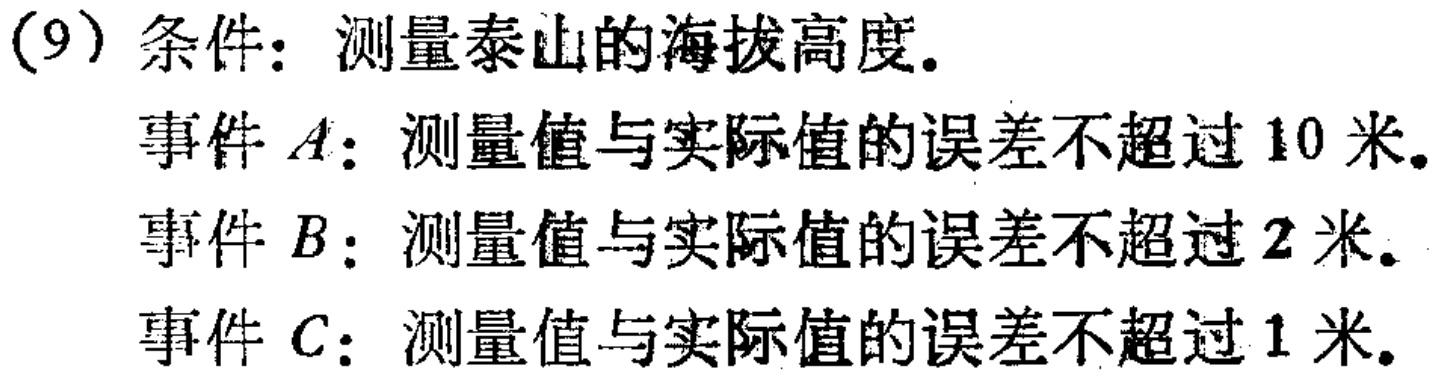
(9) 条件：测量泰山的海拔高度。
事件 \(A\)：测量值与实际值的误差不超过 \(10\) 米。
事件 \(B\)：测量值与实际值的误差不超过 \(2\) 米。
事件 \(C\)：测量值与实际值的误差不超过 \(1\) 米。